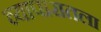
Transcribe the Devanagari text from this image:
व्यापारातला